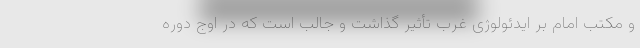
و مکتب امام بر ایدئولوژی غرب تأثیر گذاشت و جالب است که در اوج دوره